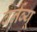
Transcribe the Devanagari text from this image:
बर्नब्यू